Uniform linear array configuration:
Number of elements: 12
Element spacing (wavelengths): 0.75
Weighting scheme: hann
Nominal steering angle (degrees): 45
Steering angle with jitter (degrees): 46.284
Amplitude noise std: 0.05
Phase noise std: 0.05

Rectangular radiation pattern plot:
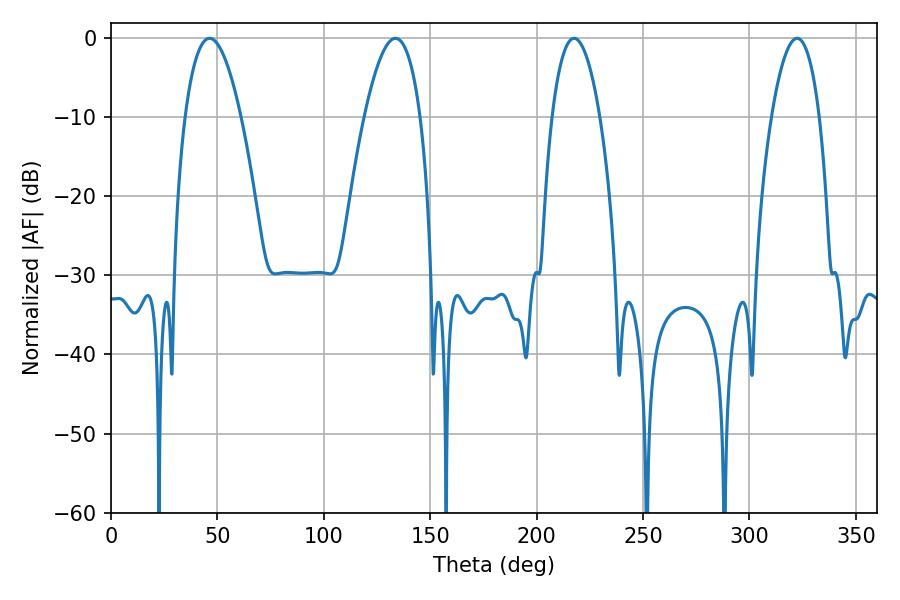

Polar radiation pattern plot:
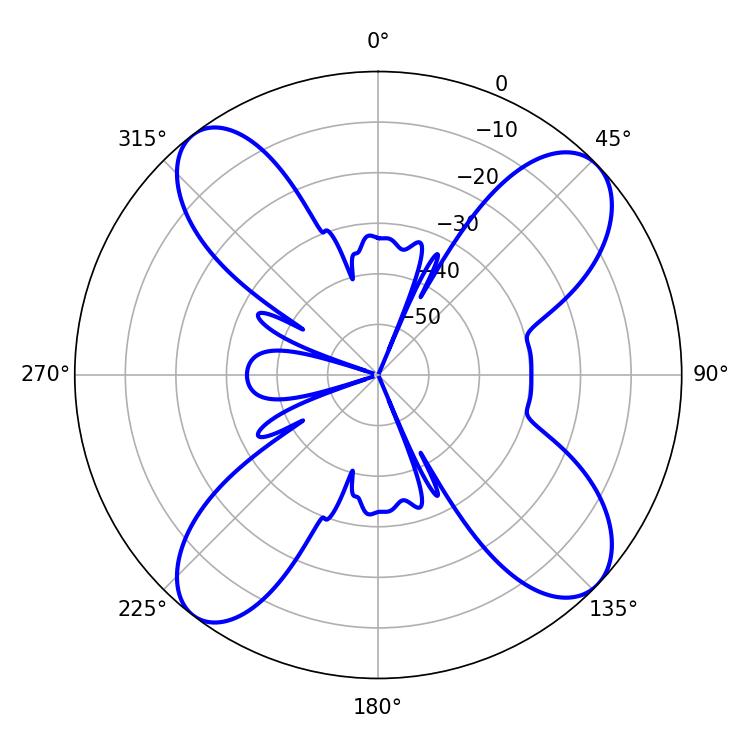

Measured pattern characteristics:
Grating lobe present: TRUE
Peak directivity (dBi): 12.591
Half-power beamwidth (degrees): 12.42
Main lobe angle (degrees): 217.62